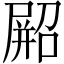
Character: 𫵥